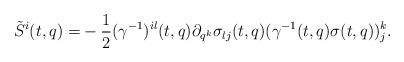
LaTeX: \begin{align*}\tilde S^i(t,q)=&-\frac{1}{2} (\gamma^{-1})^{il}(t,q)\partial_{q^k}\sigma_{lj}(t,q) (\gamma^{-1}(t,q)\sigma(t,q))^k_j.\end{align*}